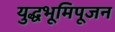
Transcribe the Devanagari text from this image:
युद्धभूमिपूजन